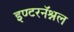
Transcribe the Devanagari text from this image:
इण्टरनॅश्नल